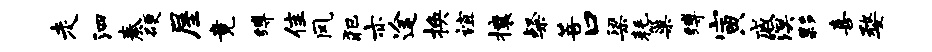
走泗奏硬屋竟缚隹风犯亦途换谊攘粲菩口梁耗巢缚寅戚溟夥喜婺